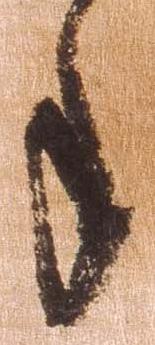
年